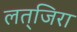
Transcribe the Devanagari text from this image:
लत्‌जिरा